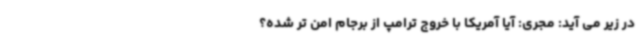
در زیر می آید: مجری: آیا آمریکا با خروج ترامپ از برجام امن تر شده؟